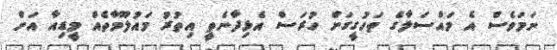
ނަމަވެސް އެ މައްސަލާގެ ތަހުގީގަށް ހުރަސް އެޅިދާނެތީ އިތުރު މައުލޫމާތެއް މީޑިއާ އަށް